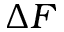
\Delta F